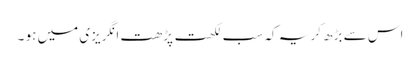
اس سے بڑھ کر یہ کہ سب لکھت پڑھت انگریزی میں ہو ۔